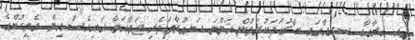
މިއީ އިރާގާއި ސީރިއާގައި ބާރުގަދަކުރަމުން އަންނަ ހަނގުރާމަވެރި ޖަމާއަތް އައިއެސް އިން އެމީހުންގެ